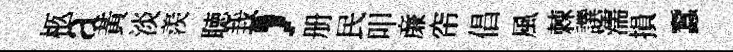
柩a黃淡羨聴㘽，册民叩亷帘倡風棘譔濡損蠶